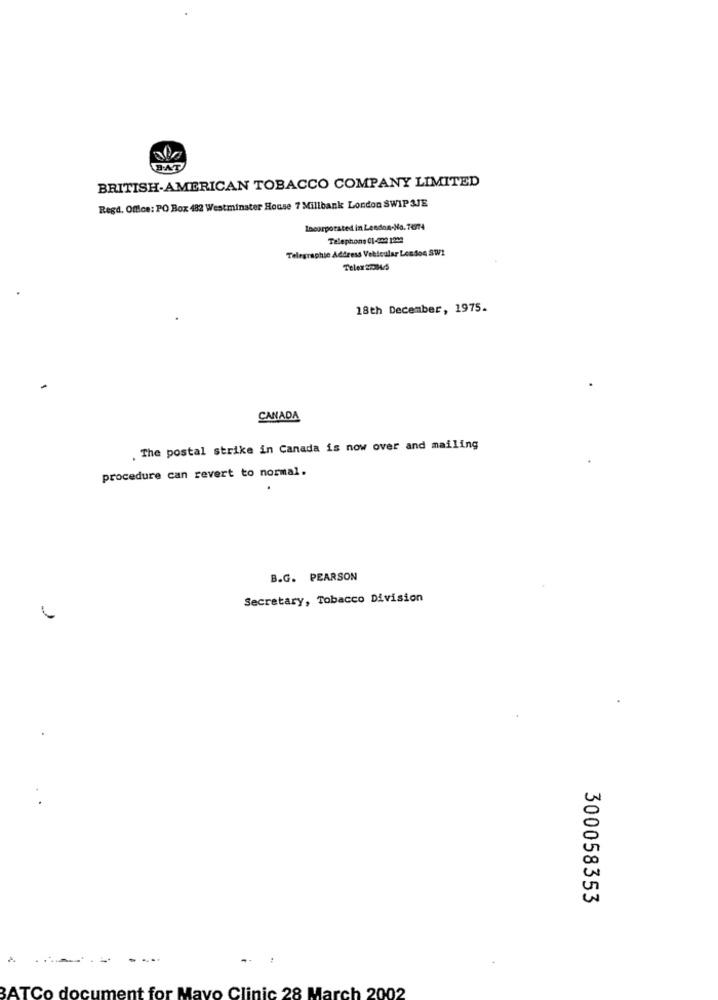
HAT
BRITISH-AMERICAN TOBACCO COMPANY LIMITED
Regd. Office: PO Box 482 Westminster House 7 Millbank London SWIP 3JE
Incorporated in Lendon.No.Te/74
Telephons 01-302 12M2
Telegraphie Address Vehicular London SW1
Telex 27004/5
18th December, 1975.
CANADA
. The postal strike in Canada is now over and mailing
procedure can revert to normal.
B.G. PEARSON
Secretary, Tobacco Division
300058353
. .
.. :
BATCo document for Mayo Clinic 28 March 2002